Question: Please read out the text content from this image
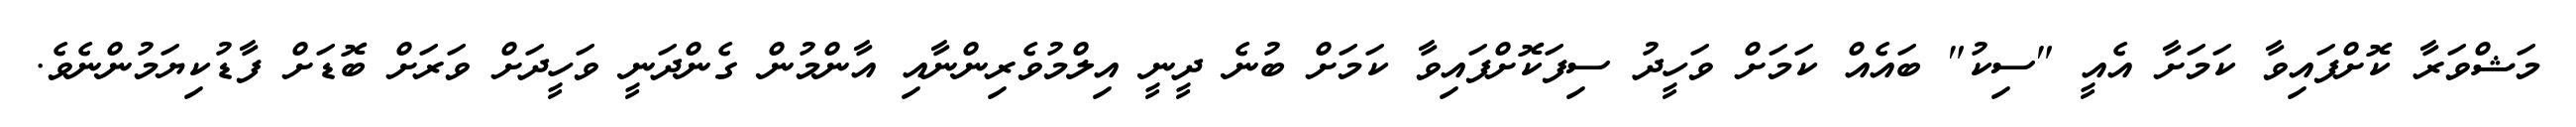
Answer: މަޝްވަރާ ކޮށްފައިވާ ކަމަށާ އެއީ "ސިކު" ބައެއް ކަމަށް ވަހީދު ސިފަކޮށްފައިވާ ކަމަށް ބުނެ ދީނީ އިލްމުވެރިންނާއި އާންމުން ގެންދަނީ ވަހީދަށް ވަރަށް ބޮޑަށް ފާޑުކިޔަމުންނެވެ.